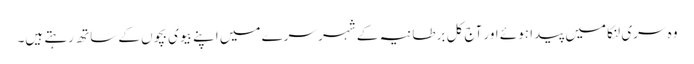
وہ سری لنکا میں پیدا ہوئے اور آج کل برطانیہ کے شہر سرے میں اپنے بیوی بچوں کے ساتھ رہتے ہیں۔